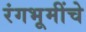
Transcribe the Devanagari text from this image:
रंगभूमींचे